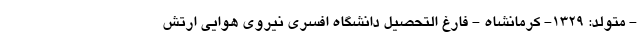
- متولد: ۱۳۲۹- کرمانشاه - فارغ التحصیل دانشگاه افسری نیروی هوایی ارتش